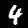
Label: 4